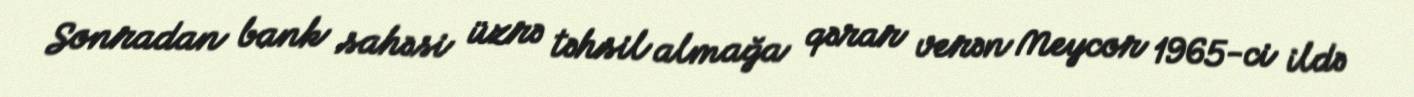
Sonradan bank sahəsi üzrə təhsil almağa qərar verən Meycor 1965-ci ildə